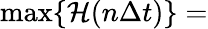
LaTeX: \operatorname*{max}\{ \mathcal H(n\Delta t)\} =